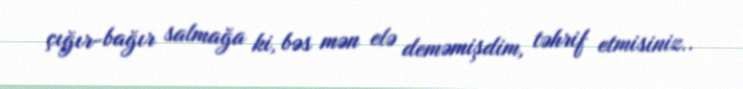
çığır-bağır salmağa ki, bəs mən elə deməmişdim, təhrif etmisiniz..